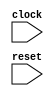
module timing_control_block (
  input wire clock,
  input wire reset,
  // add ports for timing signals and trigger events
);

  // add counters and registers for timing signals

endmodule